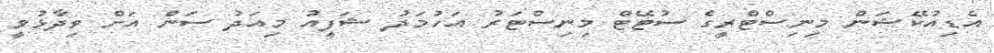
އެޑިއުކޭޝަން މިނިސްޓްރީގެ ސުޓޭޓް މިނިސްޓަރު އަހުމަދު ޝަފީއު މިއަދު ސަން އަށް ވިދާޅުވީ